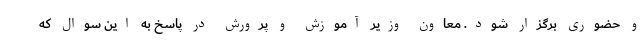
و حضوری برگزار شود. معاون وزیر آموزش و پرورش در پاسخ به این سوال که